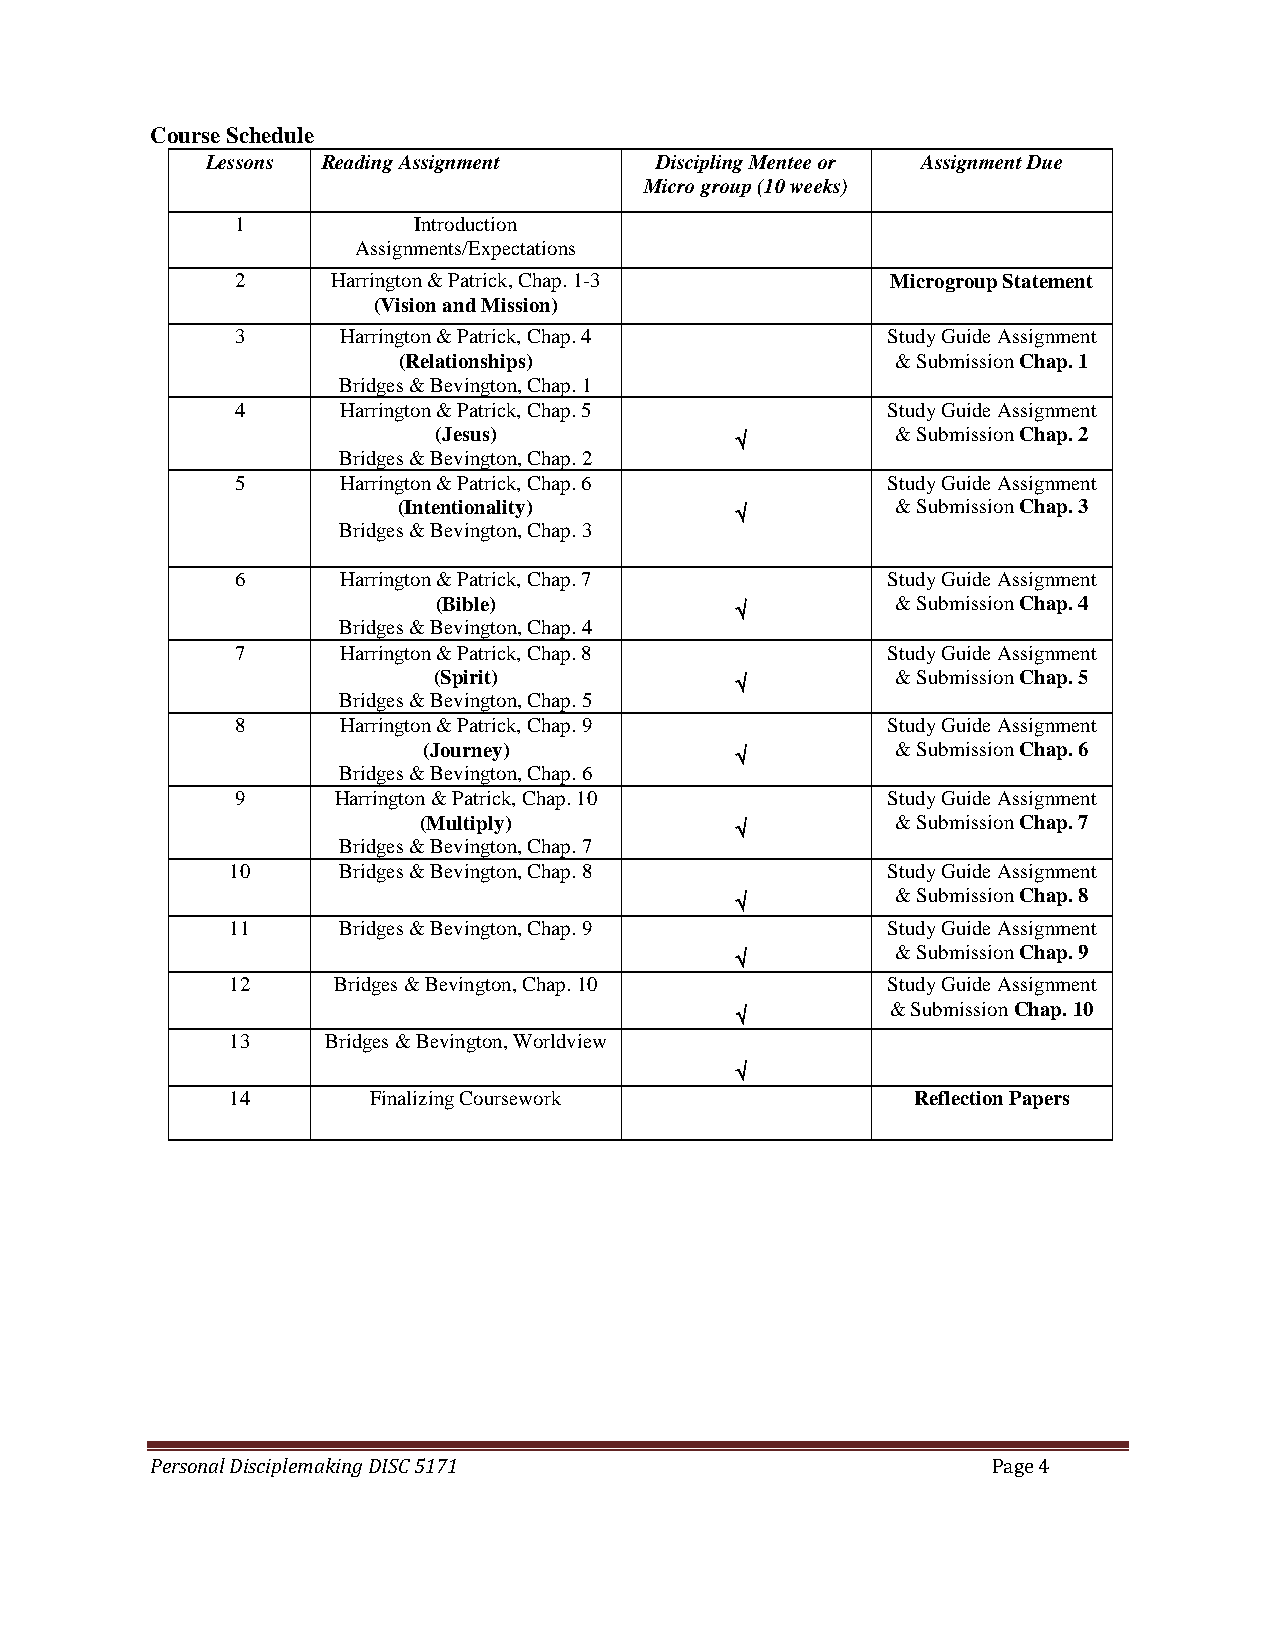
Course Schedule
 Lessons Reading Assignment   Discipling Mentee or Assignment Due
 Micro group (10 weeks)
 1          Introduction
 Assignments/Expectations
 2     Harrington & Patrick, Chap. 1-3      Microgroup Statement
 (Vision and Mission)
 3     Harrington & Patrick, Chap. 4        Study Guide Assignment
 (Relationships)                 & Submission Chap. 1
 Bridges & Bevington, Chap. 1
 4     Harrington & Patrick, Chap. 5        Study Guide Assignment
 (Jesus)                       & Submission Chap. 2
 √
 Bridges & Bevington, Chap. 2
 5     Harrington & Patrick, Chap. 6        Study Guide Assignment
 (Intentionality)                 & Submission Chap. 3
 √
 Bridges & Bevington, Chap. 3
 6     Harrington & Patrick, Chap. 7        Study Guide Assignment
 (Bible)                       & Submission Chap. 4
 √
 Bridges & Bevington, Chap. 4
 7     Harrington & Patrick, Chap. 8        Study Guide Assignment
 (Spirit)                      & Submission Chap. 5
 √
 Bridges & Bevington, Chap. 5
 8     Harrington & Patrick, Chap. 9        Study Guide Assignment
 (Journey)                      & Submission Chap. 6
 √
 Bridges & Bevington, Chap. 6
 9     Harrington & Patrick, Chap. 10       Study Guide Assignment
 (Multiply)                     & Submission Chap. 7
 √
 Bridges & Bevington, Chap. 7
 10     Bridges & Bevington, Chap. 8         Study Guide Assignment
 & Submission Chap. 8
 √
 11     Bridges & Bevington, Chap. 9         Study Guide Assignment
 & Submission Chap. 9
 √
 12     Bridges & Bevington, Chap. 10        Study Guide Assignment
 & Submission Chap. 10
 √
 13     Bridges & Bevington, Worldview
 √
 14       Finalizing Coursework               Reflection Papers
 Personal Disciplemaking DISC 5171                       Page 4